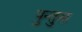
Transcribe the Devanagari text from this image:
पुन्तुस